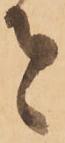
者